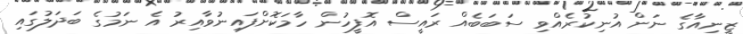
ޒީނިއާގެ ނަން އުނިކުރެއްވި ސަބަބެއް ރައީސް އޮފީހުން ހާމަކޮށްފައިނުވާއިރު އެ ނަމުގެ ބަދަލުގައި